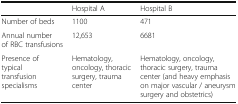
<table><thead><tr><td></td><td><b>Hospital A</b></td><td><b>Hospital B</b></td></tr></thead><tbody><tr><td>Number of beds</td><td>1100</td><td>471</td></tr><tr><td>Annual number of RBC transfusions</td><td>12,653</td><td>6681</td></tr><tr><td>Presence of typical transfusion specialisms</td><td>Hematology, oncology, thoracic surgery, trauma center</td><td>Hematology, oncology, thoracic surgery, trauma center (and heavy emphasis on major vascular / aneurysm surgery and obstetrics)</td></tr></tbody></table>